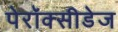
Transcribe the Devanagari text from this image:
पेरॉक्सीडेज